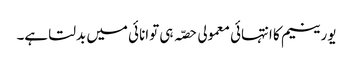
یورینیم کا انتہائی معمولی حصّہ ہی توانائی میں بدلتا ہے۔